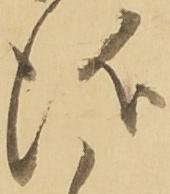
儀